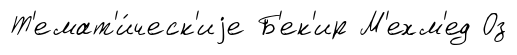
Т'емат'и́ческ'иjе Б'ек'ир М'ехм'ед Оз